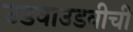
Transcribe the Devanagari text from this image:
उडवाउडवीची